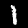
Label: 1